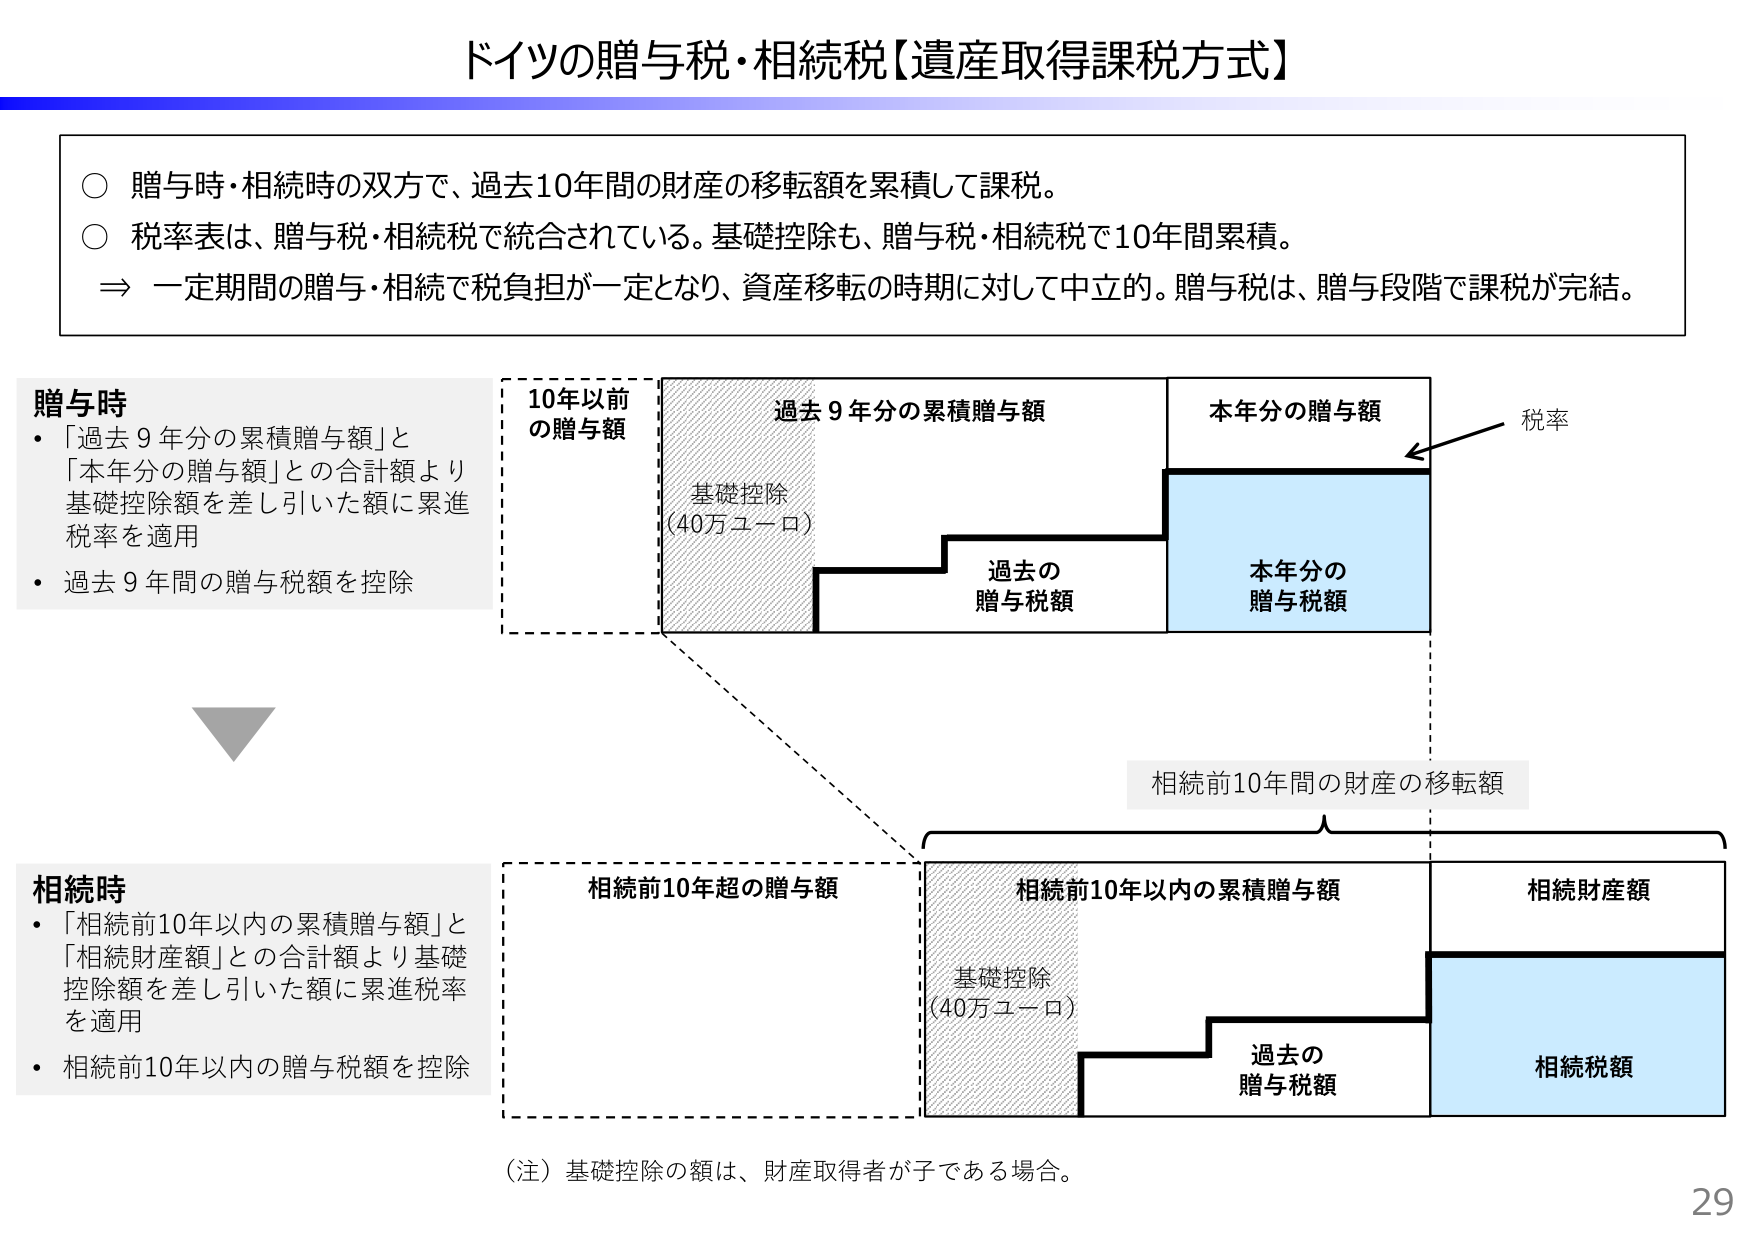
ドイツの贈与税・相続税【遺産取得課税方式】

○ 贈与時・相続時の双方で、過去10年間の財産の移転額を累積して課税。
○ 税率表は、贈与税・相続税で統合されている。基礎控除も、贈与税・相続税で10年間累積。
⇒ 一定期間の贈与・相続で税負担が一定となり、資産移転の時期に対して中立的。贈与税は、贈与段階で課税が完結。

贈与時
・「過去9年分の累積贈与額」と
「本年分の贈与額」との合計額より
基礎控除額を差し引いた額に累進
税率を適用
・過去9年間の贈与税額を控除

10年以前
の贈与額

過去9年分の累積贈与額

本年分の贈与額

基礎控除
(40万ユーロ)

過去の
贈与税額

本年分の
贈与税額

税率

相続前10年間の財産の移転額

相続時
・「相続前10年以内の累積贈与額」と
「相続財産額」との合計額より基礎
控除額を差し引いた額に累進税率
を適用
・相続前10年以内の贈与税額を控除

相続前10年超の贈与額

相続前10年以内の累積贈与額

相続財産額

基礎控除
(40万ユーロ)

過去の
贈与税額

相続税額

（注）基礎控除の額は、財産取得者が子である場合。

29